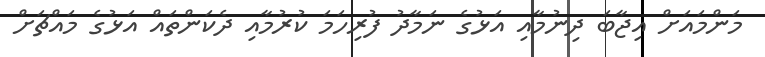
މަންމައަށް އިޖާބަ ދިނުމާއި އަޅުގެ ނަމާދު ފުރިހަމަ ކުރުމާއި ދެކަންތައް އަޅުގެ މައްޗަށް